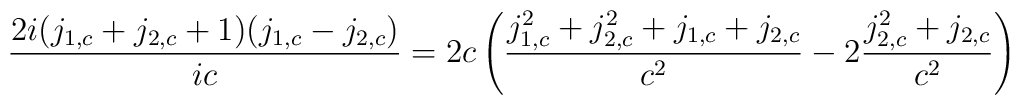
{2i(j_{1,c}+j_{2,c}+1)(j_{1,c}-j_{2,c})\over ic}=2c \left ({j_{1,c}^2+j_{2,c}^2+j_{1,c}+j_{2,c}\over c^2}-2{j_{2,c}^2+j_{2,c}\over c^2}\right )